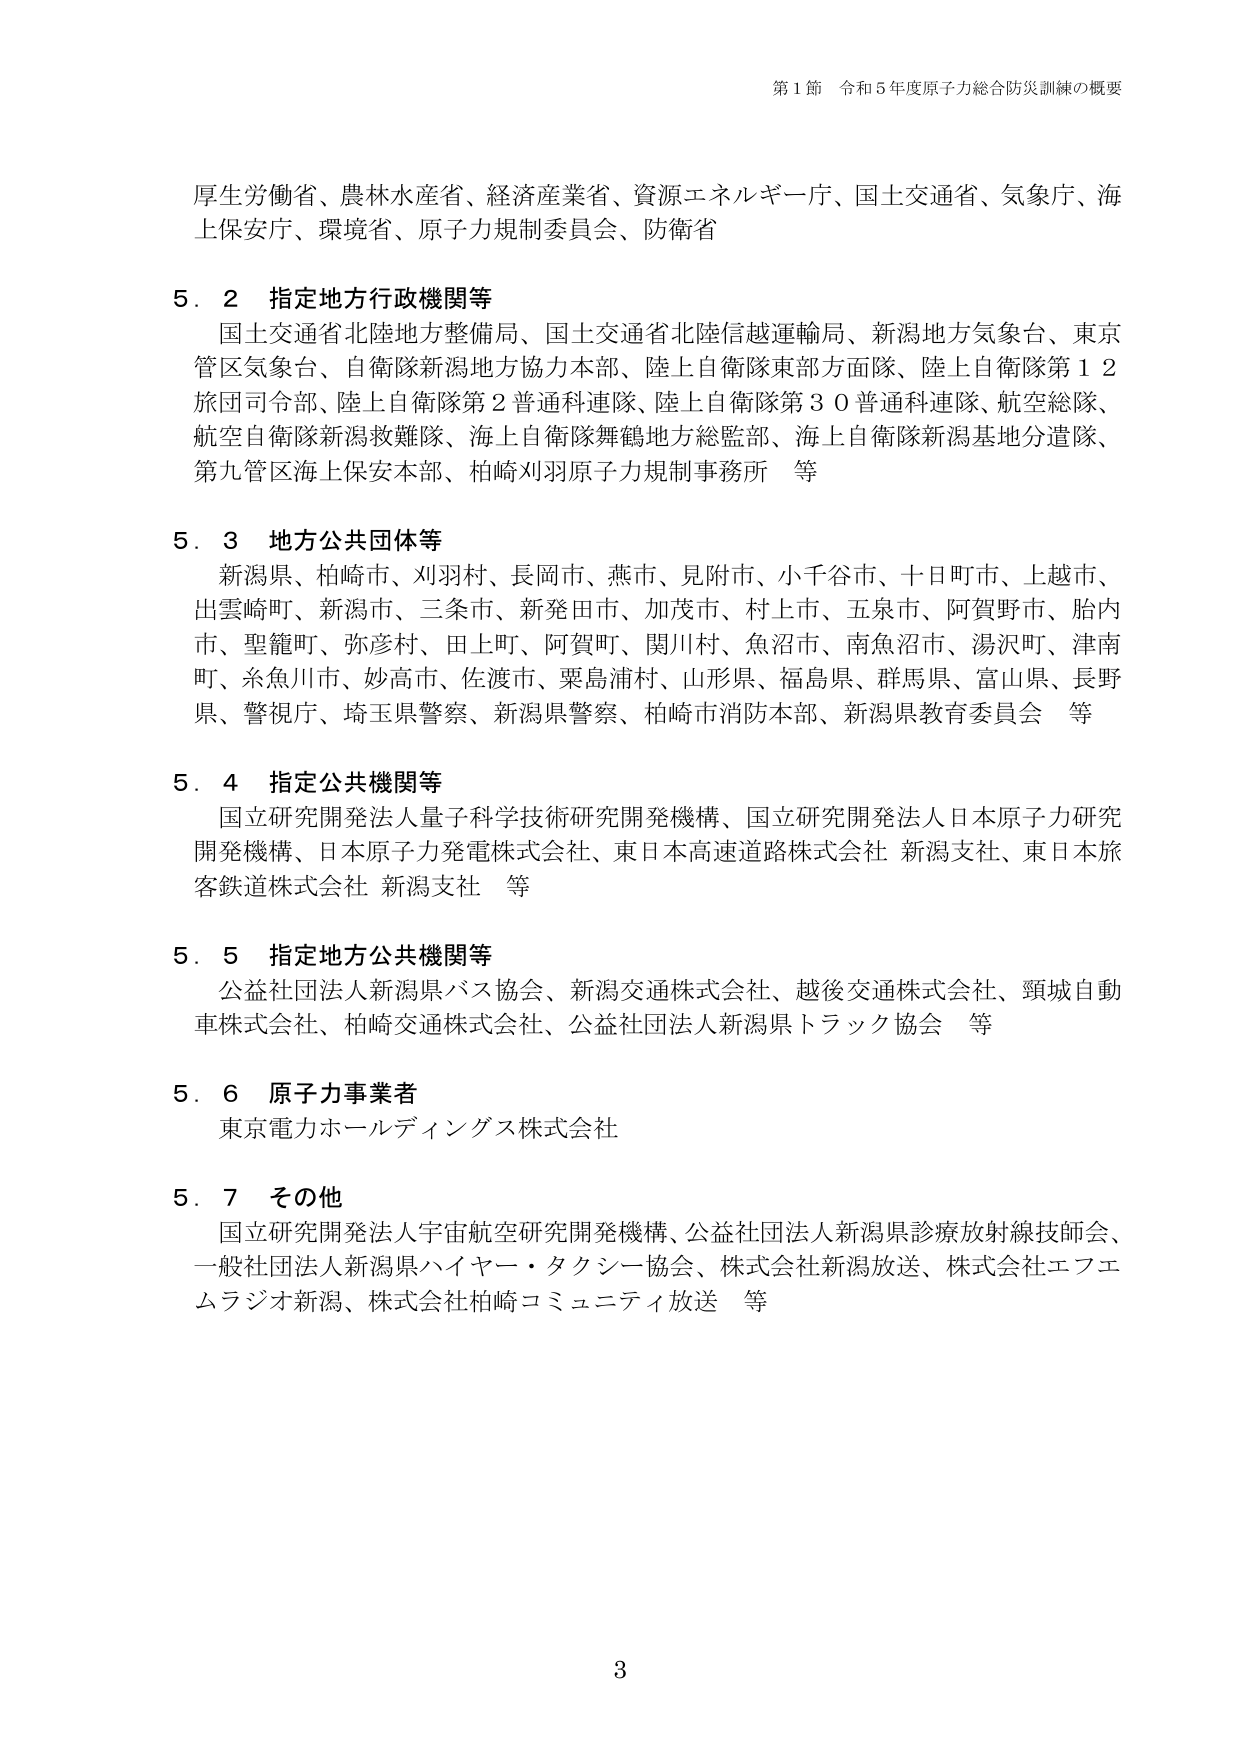
第1節 令和5年度原子力総合防災訓練の概要

厚生労働省、農林水産省、経済産業省、資源エネルギー庁、国土交通省、気象庁、海上保安庁、環境省、原子力規制委員会、防衛省

5．2 指定地方行政機関等
国土交通省北陸地方整備局、国土交通省北陸信越運輸局、新潟地方気象台、東京管区気象台、自衛隊新潟地方協力本部、陸上自衛隊東部方面隊、陸上自衛隊第12旅団司令部、陸上自衛隊第2普通科連隊、陸上自衛隊第30普通科連隊、航空総隊、航空自衛隊新潟救難隊、海上自衛隊舞鶴地方総監部、海上自衛隊新潟基地分遣隊、第九管区海上保安本部、柏崎刈羽原子力規制事務所 等

5．3 地方公共団体等
新潟県、柏崎市、刈羽村、長岡市、燕市、見附市、小千谷市、十日町市、上越市、出雲崎町、新潟市、三条市、新発田市、加茂市、村上市、五泉市、阿賀野市、胎内市、聖籠町、弥彦村、田上町、阿賀町、関川村、魚沼市、南魚沼市、湯沢町、津南町、糸魚川市、妙高市、佐渡市、粟島浦村、山形県、福島県、群馬県、富山県、長野県、警視庁、埼玉県警察、新潟県警察、柏崎市消防本部、新潟県教育委員会 等

5．4 指定公共機関等
国立研究開発法人量子科学技術研究開発機構、国立研究開発法人日本原子力研究開発機構、日本原子力発電株式会社、東日本高速道路株式会社 新潟支社、東日本旅客鉄道株式会社 新潟支社 等

5．5 指定地方公共機関等
公益社団法人新潟県バス協会、新潟交通株式会社、越後交通株式会社、頸城自動車株式会社、柏崎交通株式会社、公益社団法人新潟県トラック協会 等

5．6 原子力事業者
東京電力ホールディングス株式会社

5．7 その他
国立研究開発法人宇宙航空研究開発機構、公益社団法人新潟県診療放射線技師会、一般社団法人新潟県ハイヤー・タクシー協会、株式会社新潟放送、株式会社エフエムラジオ新潟、株式会社柏崎コミュニティ放送 等

3